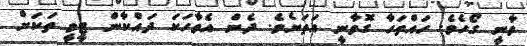
ވާނީ ގޯހެވެ. ހައްތަހާ ގޮވާނީ އަތަށެވެ. ދެން އެވާހަކަ ދައްކާން ޓީވީ ތަކަށް